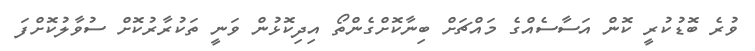
ވުރެ ބޮޑުކުރީ ކޮން އަސާސެއްގެ މައްޗަށް ބިނާކޮށްގެންތޯ އިދިކޮޅުން ވަނީ ތަކުރާރުކޮށް ސުވާލުކޮށްފަ